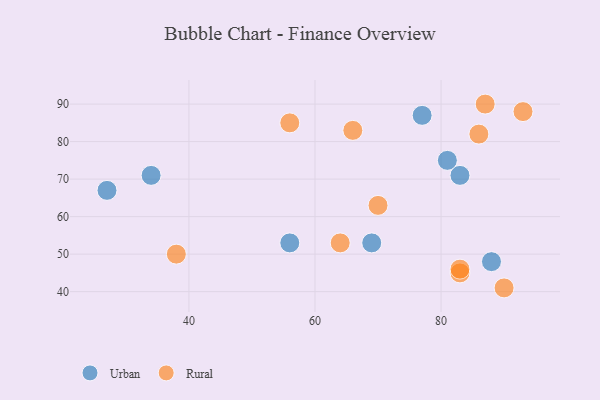
{"axis": {"x": "GDP", "y": "Life Expectancy"}, "legend": ["Rural", "Urban"], "data": [{"x": "83", "y": 71, "type": "Urban"}, {"x": "27", "y": 67, "type": "Urban"}, {"x": "77", "y": 87, "type": "Urban"}, {"x": "69", "y": 53, "type": "Urban"}, {"x": "34", "y": 71, "type": "Urban"}, {"x": "56", "y": 53, "type": "Urban"}, {"x": "88", "y": 48, "type": "Urban"}, {"x": "81", "y": 75, "type": "Urban"}, {"x": "66", "y": 83, "type": "Rural"}, {"x": "38", "y": 50, "type": "Rural"}, {"x": "83", "y": 45, "type": "Rural"}, {"x": "83", "y": 46, "type": "Rural"}, {"x": "64", "y": 53, "type": "Rural"}, {"x": "56", "y": 85, "type": "Rural"}, {"x": "86", "y": 82, "type": "Rural"}, {"x": "93", "y": 88, "type": "Rural"}, {"x": "87", "y": 90, "type": "Rural"}, {"x": "70", "y": 63, "type": "Rural"}, {"x": "90", "y": 41, "type": "Rural"}]}